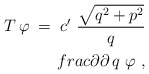
\begin{align*}T\,\varphi\;=\;c' \ \frac{\sqrt{q^2 + p^2}}{q} \\frac{\partial}{\partial\,q} \ \varphi \ ,\end{align*}